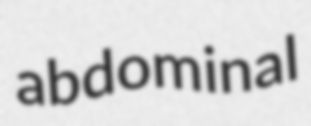
abdominal